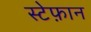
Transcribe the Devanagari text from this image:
स्टेफ़ान